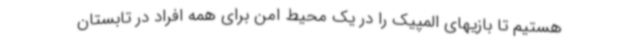
هستیم تا بازیهای المپیک را در یک محیط امن برای همه افراد در تابستان